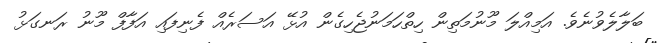
ބަލާލެވުނެވެ. އަމިއްލަ މޫނުމަތިން ހިތްހަމަނުޖެހިގެން އުޅޭ އަސަރެއް ފެނިފައި އަފާފް މޫނު ރަނގަޅު